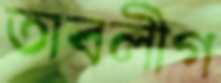
তাবলীগ